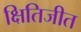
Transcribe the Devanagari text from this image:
क्षितिजीत